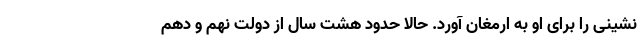
نشینی را برای او به ارمغان آورد. حالا حدود هشت سال از دولت نهم و دهم